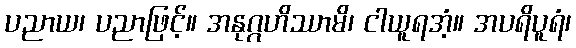
ပညာယ၊ ပညာဖြင့်။ အနုဂ္ဂဟိဿာမိ၊ ငါယူရအံ့။ အပရိပူရံ၊